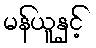
မန်ယူနှင့်